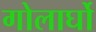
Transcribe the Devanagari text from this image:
गोलार्घो